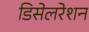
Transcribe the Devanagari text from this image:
डिसेलरेशन